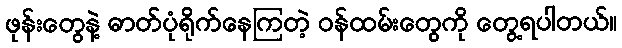
ဖုန်းတွေနဲ့ ဓာတ်ပုံရိုက်နေကြတဲ့ ဝန်ထမ်းတွေကို တွေ့ရပါတယ်။